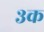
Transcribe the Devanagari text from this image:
३क